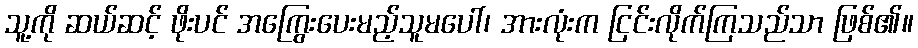
သူ့ကို ဆယ်ဆင့် ဖိုးပင် အကြွေးပေးမည့်သူမပေါ်၊ အားလုံးက ငြင်းလိုက်ကြသည်သာ ဖြစ်၏။